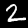
Digit: 2